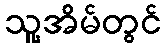
သူ့အိမ်တွင်